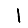
Digit: 1